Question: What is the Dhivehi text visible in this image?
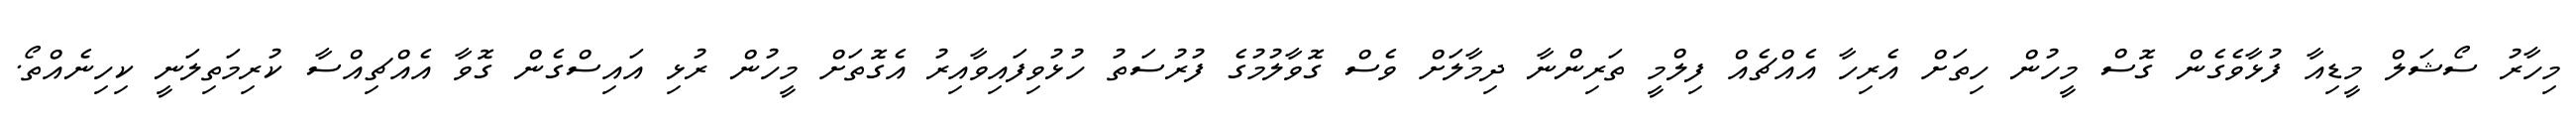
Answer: މިހާރު ސޯޝަލް މީޑިއާ ފުޅާވެގެން ގޮސް މީހުން ހިތަށް އެރިހާ އެއްޗެއް ފިލްމީ ތަރިންނާ ދިމާލަށް ވެސް ގޮވާލުމުގެ ފުރުސަތު ހުޅުވިފައިވާއިރު އެގޮތަށް މީހުން ރުޅި އައިސްގެން ގޮވާ އެއްޗިއްސާ ކުރިމަތިލަނީ ކިހިނެއްތޯ.